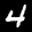
Label: 4